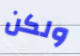
ولكن